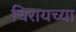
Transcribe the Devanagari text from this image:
चिरायच्या